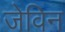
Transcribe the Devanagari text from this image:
जेविन